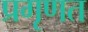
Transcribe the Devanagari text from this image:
प्रगृणत